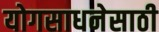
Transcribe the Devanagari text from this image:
योगसाधनेसाठी